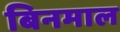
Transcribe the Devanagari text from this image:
बिनमाल